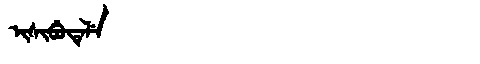
Manchu: ᡳᠰᡳᠪᡠᡨᡝᠯᡝ
Romanization: ISIBUTELE